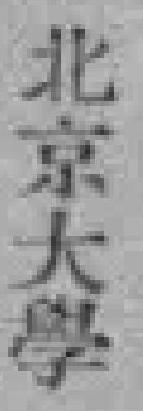
北京大學